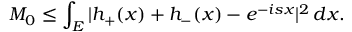
M _ { 0 } \leq \int _ { E } | h _ { + } ( x ) + h _ { - } ( x ) - e ^ { - i s x } | ^ { 2 } \, d x .